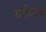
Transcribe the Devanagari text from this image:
नारीबाज़